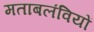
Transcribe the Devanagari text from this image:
मताबलंवियों